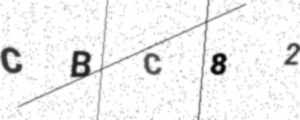
Text: CBC82